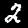
Digit: 2